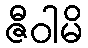
ဇီဝါမိ